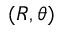
( R , \theta )